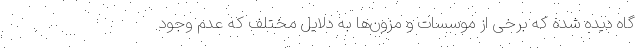
گاه دیده شده که برخی از موسسات و مزون‌ها به دلایل مختلف که‌ عدم وجود